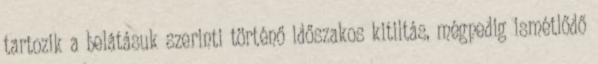
tartozik a belátásuk szerinti történő időszakos kitiltás, mégpedig ismétlődő